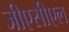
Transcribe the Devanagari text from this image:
जीएसीएल